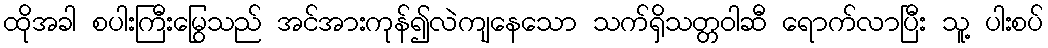
ထိုအခါ စပါးကြီးမြွေသည် အင်အားကုန်၍လဲကျနေသော သက်ရှိသတ္တဝါဆီ ရောက်လာပြီး သူ့ ပါးစပ်